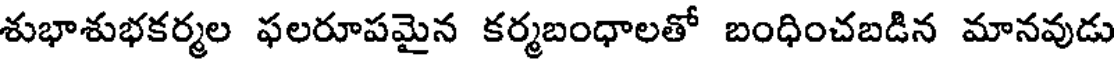
శుభాశుభకర్మల ఫలరూపమైన కర్మబంధాలతో బంధించబడిన మానవుడు